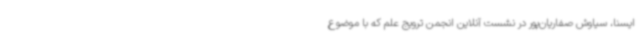
ایسنا، سیاوش صفاریان‌پور در نشست آنلاین انجمن ترویج علم که با موضوع